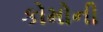
કોમોની